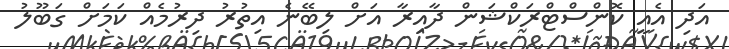
އަދި އެއީ ކޮންސްޓްރަކްޝަން ދާއިރާ އަށް ލިބޭނެ އިތުރު ދިރުމެއް ކަމަށް ގަބޫލު